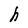
Character: h